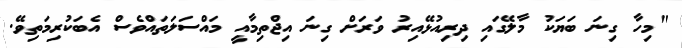
"މިހާ ގިނަ ބަޔަކު މާލޭގައި ދިރިއުޅޭއިރު ވަރަށް ގިނަ އިޖްތިމާއީ މައްސަލަތައްވެސް އެބަކުރިމަތިވޭ.